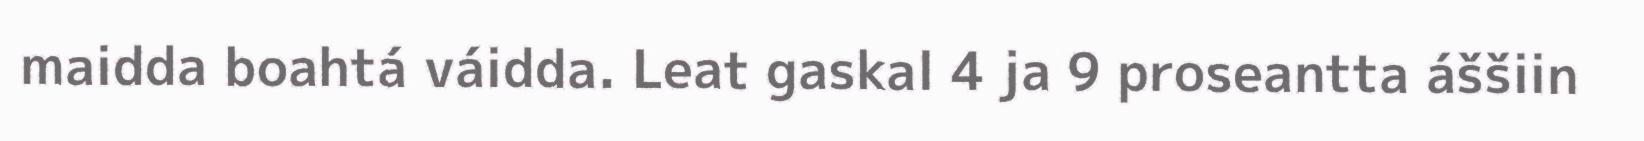
maidda boahtá váidda. Leat gaskal 4 ja 9 proseantta áššiin